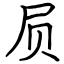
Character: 屃